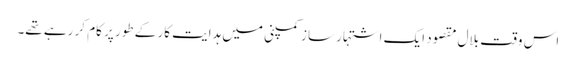
اس وقت بلال مقصود ایک اشتہار ساز کمپنی میں ہدایت کار کے طور پر کام کر رہے تھے۔